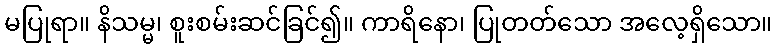
မပြုရာ။ နိသမ္မ၊ စူးစမ်းဆင်ခြင်၍။ ကာရိနော၊ ပြုတတ်သော အလေ့ရှိသော။